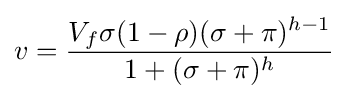
v={\frac {V_{f}\sigma (1-\rho )(\sigma +\pi )^{h-1}}{1+(\sigma +\pi )^{h}}}